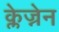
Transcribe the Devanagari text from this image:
क्लेज्नेन